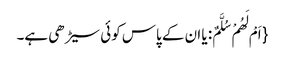
{ اَمْ لَهُمْ سُلَّمٌ: یا ان کے پاس کوئی سیڑھی ہے۔